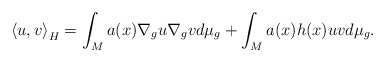
\begin{align*}\left\langle u,v\right\rangle _{H}=\int_{M}a(x)\nabla_{g}u\nabla_{g}vd\mu_{g}+\int_{M}a(x)h(x)uvd\mu_{g}.\end{align*}